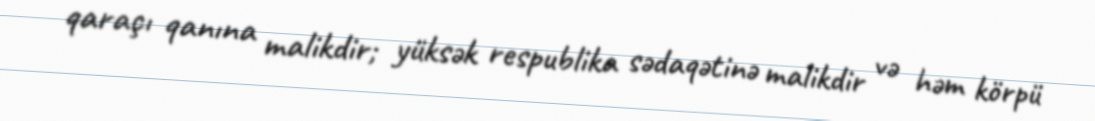
qaraçı qanına malikdir; yüksək respublika sədaqətinə malikdir və həm körpü